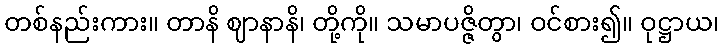
တစ်နည်းကား။ တာနိ ဈာနာနိ၊ တို့ကို။ သမာပဇ္ဇိတွာ၊ ဝင်စား၍။ ဝုဋ္ဌာယ၊